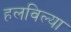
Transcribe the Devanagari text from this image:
हलविल्या